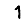
Digit: 1